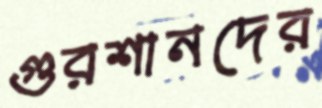
গুরশানদের